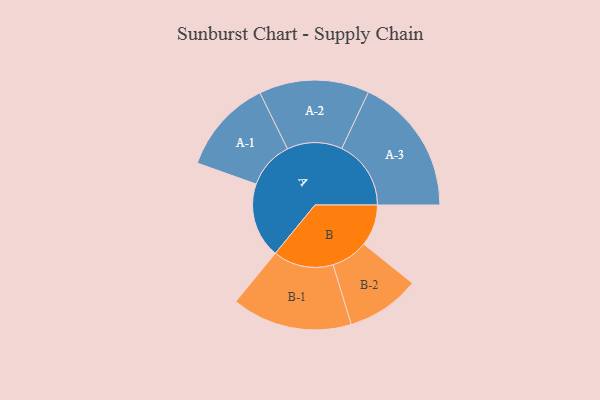
{"axis": {"x": "Segment", "y": "Value"}, "legend": ["", "A", "B"], "data": [{"x": "A", "y": 292, "type": ""}, {"x": "B", "y": 161, "type": ""}, {"x": "A-1", "y": 184, "type": "A"}, {"x": "A-2", "y": 214, "type": "A"}, {"x": "A-3", "y": 269, "type": "A"}, {"x": "B-1", "y": 234, "type": "B"}, {"x": "B-2", "y": 143, "type": "B"}]}